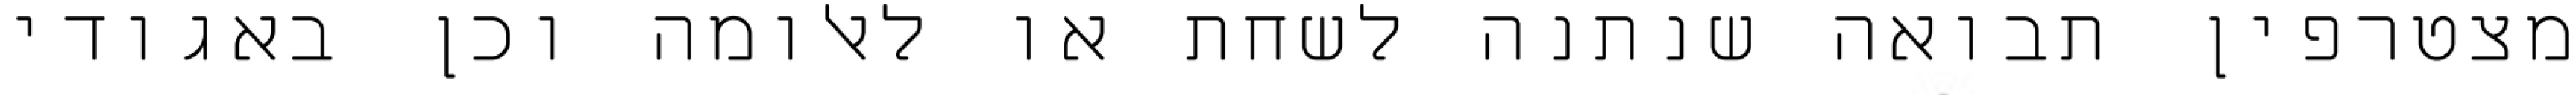
מצטרפין תבואה שנתנה לשחת או לאלומה וכן באגודי